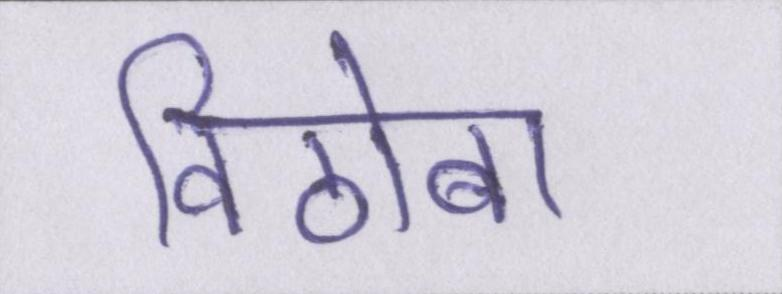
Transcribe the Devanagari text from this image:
विठोबा